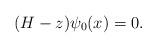
LaTeX: \begin{align*} (H-z)\psi_0(x)=0.\end{align*}